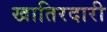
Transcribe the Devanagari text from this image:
खातिरदारी